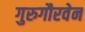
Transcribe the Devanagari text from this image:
गुरुगौरवेन